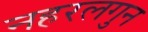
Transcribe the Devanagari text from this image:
नहरलगुन